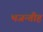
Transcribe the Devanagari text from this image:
भजन्तीह